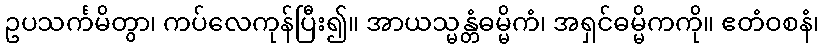
ဥပသင်္ကမိတွာ၊ ကပ်လေကုန်ပြီး၍။ အာယသ္မန္တံဓမ္မိကံ၊ အရှင်ဓမ္မိကကို။ ဧတံဝစနံ၊